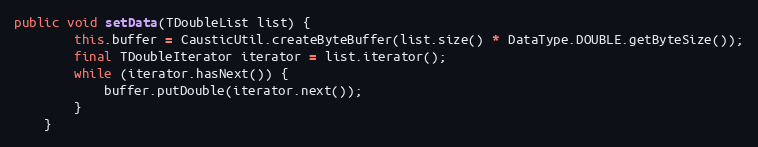
Language: Java
public void setData(TDoubleList list) {
        this.buffer = CausticUtil.createByteBuffer(list.size() * DataType.DOUBLE.getByteSize());
        final TDoubleIterator iterator = list.iterator();
        while (iterator.hasNext()) {
            buffer.putDouble(iterator.next());
        }
    }